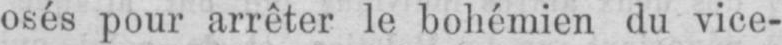
osés pour arrêter le bohémien du vice-